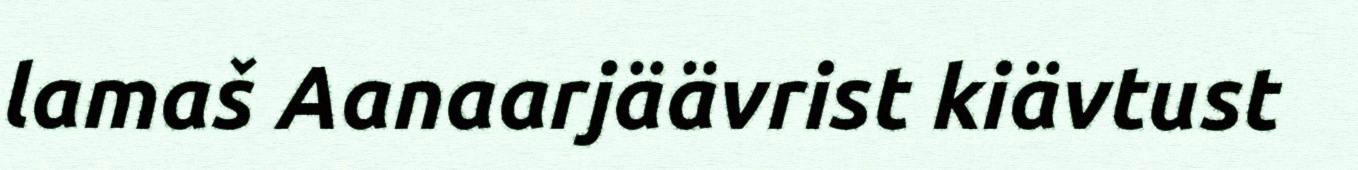
lamaš Aanaarjäävrist kiävtust